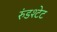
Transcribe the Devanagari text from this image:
रुंडश्टेट